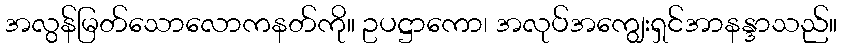
အလွန်မြတ်သောလောကနတ်ကို။ ဥပဋ္ဌာကော၊ အလုပ်အကျွေးရှင်အာနန္ဒာသည်။